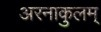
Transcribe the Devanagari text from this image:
अरनाकुलम्‌